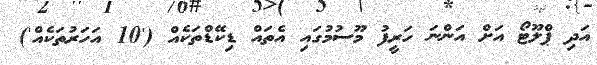
އަދި ޕްލޫޓޯ އަށް އަންނަ ހަރީފު މޫސުމުގައި އެތައް ޑިކޭޑްތަކެއް ('10 އަހަރުތަކެއް')